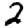
Digit: 2